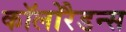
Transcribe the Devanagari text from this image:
कॉलोरैडन्स